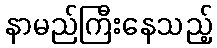
နာမည်ကြီးနေသည့်